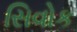
સિવોક